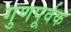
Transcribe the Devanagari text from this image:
गुणपूर्वक